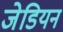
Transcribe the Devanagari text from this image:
जेडियन